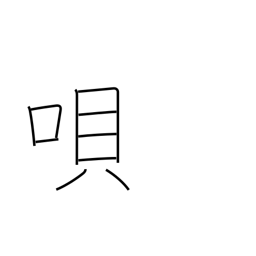
Meaning: song